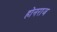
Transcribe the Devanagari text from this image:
होनराज